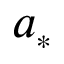
a _ { \scriptscriptstyle * }